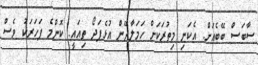
ސާބަސް ބޭބެއަށް. އެކަނި މިތުރަކަށް ހަމަލާދޭން އުޅެފަދޯ ތިއައީ. ކޮންމެ ފަހަރަކު ވެސް